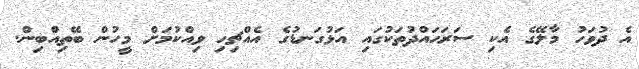
އެ ދުވަހު މާލޭގެ އެކި ސަރަހައްދުތަކުގައި އަޅުގަނޑުގެ އެއްޗިހި ވިއްކުމަށް މީހުން ބޭތިއްބިން.